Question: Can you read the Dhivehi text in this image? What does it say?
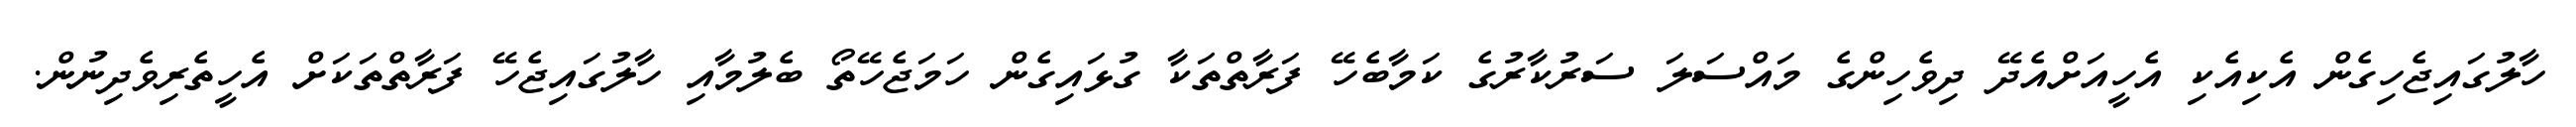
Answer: ހާލުގައިޖެހިގެން އެކިއެކި އެހީއަށްއެދޭ ދިވެހިންގެ މައްސަލަ ސަރުކާރުގެ ކަމާބެހޭ ފަރާތްތަކާ ގުޅައިގެން ހަމަޖެހޭތޯ ބެލުމާއި ހާލުގައިޖެހޭ ފަރާތްތަކަށް އެހީތެރިވެދިނުން.